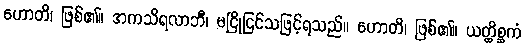
ဟောတိ၊ ဖြစ်၏။ အကသိရလာဘီ၊ မငြိုငြင်သဖြင့်ရသည်။ ဟောတိ၊ ဖြစ်၏။ ယတ္ထိစ္ဆကံ